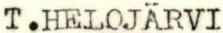
T.HELOJÄRVI